Eestimaa_Kommunistliku_Partei_Keskkomitee, lk 58
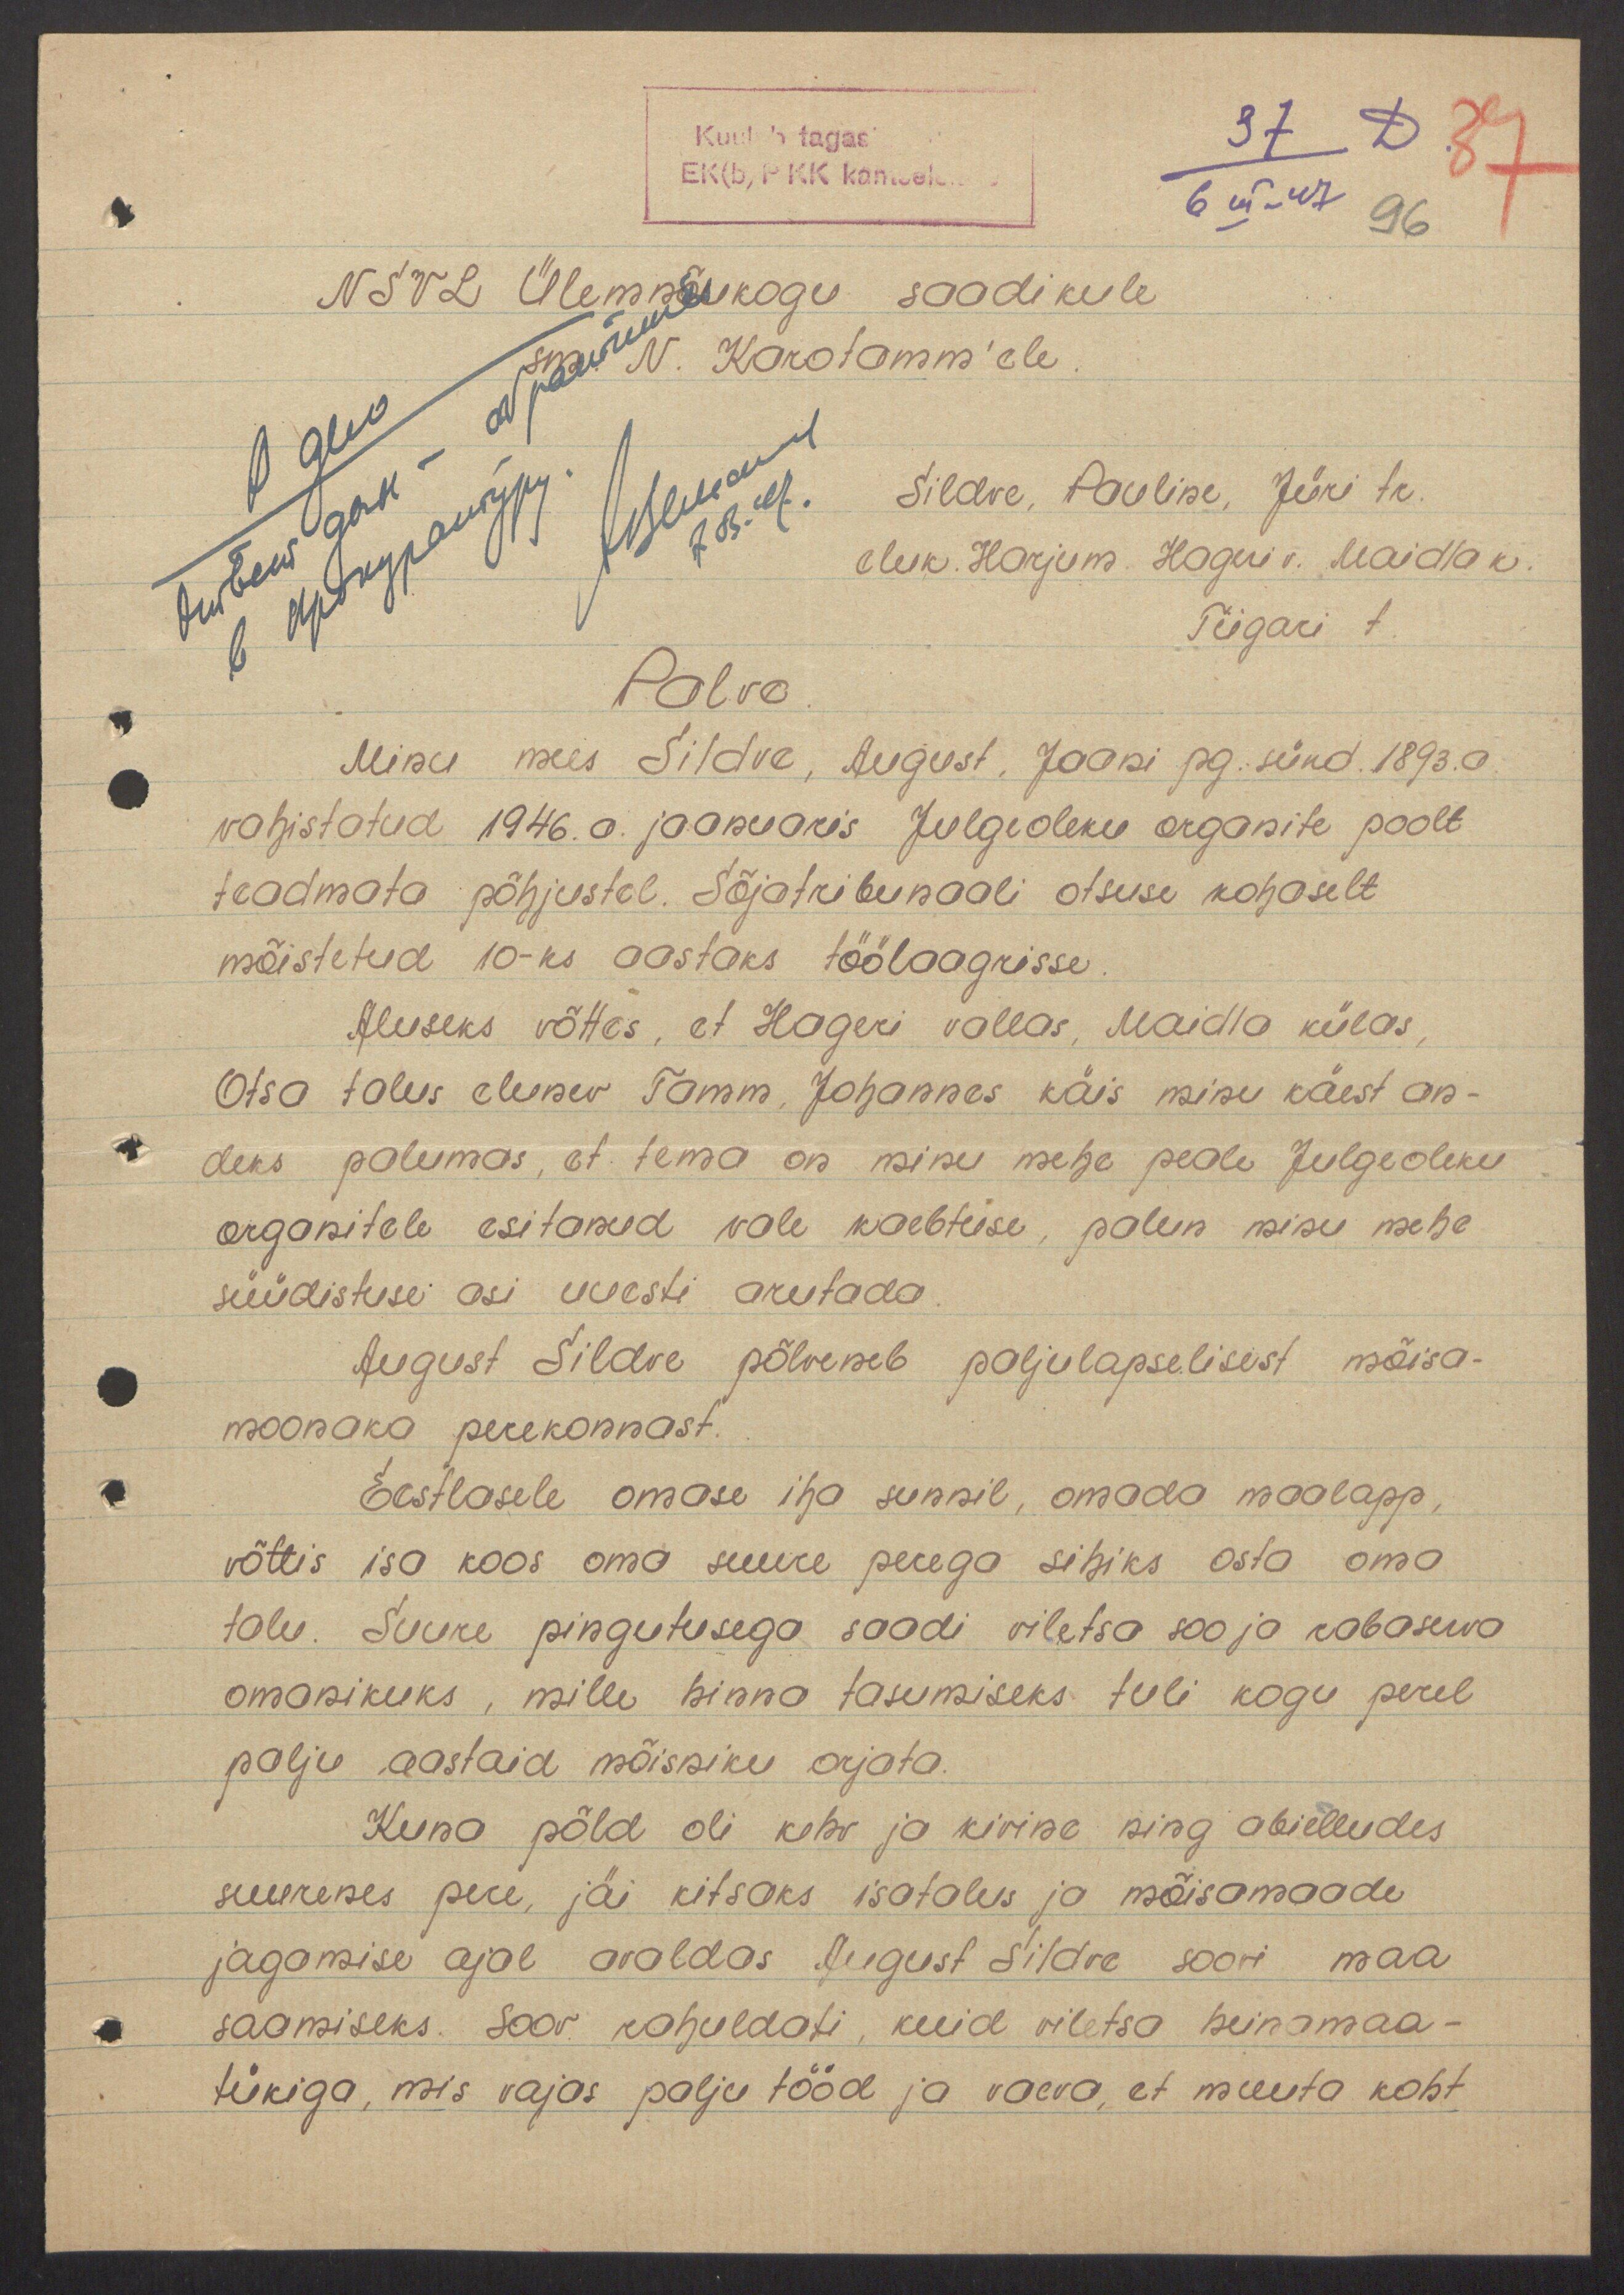
Kuulub tagas
EK(b) P KK kantselei
37 D. 37
6 III - 47
96
NSVL Ülemnõukogu saadikule
sm. N. Karotomm'ele
Sildve, Pauline, Jüri tr.
eluk. Harjum. Hageri v. Maidla k.
Tiigari t.
Palve
Minu mees Sildve, August, Jaani pg. sünd. 1893.a
vahistatud 1946. a. jaanuaris Julgeoleku organite poolt
teadmata põhjustel. Sõjatribunaali otsuse kohaselt
mõistetud 10-ks aastaks töölaagrisse.
Aluseks võttes, et Hageri vallas, Maidla külas,
Otsa talus elunev Tamm, Johannes käis minu käest an-
deks palumas, et tema on minu mehe peale Julgeoleku
organitele esitanud vale kaebtuse, palun minu mehe
süüdistuse asi uuesti arutada.
August Sildve põlveneb paljulapselisest mõisa-
moonaka perekonnast.
Eestlasele omase iha sunnil, omada maalapp,
võttis isa koos oma suure perega sihiks osta oma
talu. Suure pingutusega saadi viletsa soo ja rabaserva
omanikuks, mille hinna tasumiseks tuli kogu perel
palju aastaid mõisniku orjata.
Kuna põld oli kehv ja kivine ning abielludes
suurenes pere, jäi kitsaks isatalus ja mõisamaade
jagamise ajal avaldas August Sildve soovi maa
saamiseks. Soov rahuldati, kuid viletsa heinamaa-
tükiga, mis vajas palju tööd ja vaeva, et muuta koht